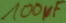
Text: 100µF